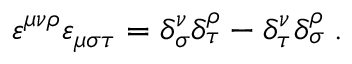
\varepsilon ^ { \mu \nu \rho } \varepsilon _ { \mu \sigma \tau } = \delta _ { \sigma } ^ { \nu } \delta _ { \tau } ^ { \rho } - \delta _ { \tau } ^ { \nu } \delta _ { \sigma } ^ { \rho } \; .